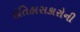
ઇતિહાસકારોની